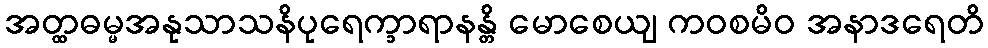
အတ္ထဓမ္မအနုသာသနိပုရေက္ခာရာနန္တိ မောစေယျ ကဝစမိဝ အနာဒရေတိ